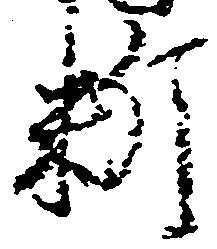
料